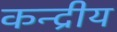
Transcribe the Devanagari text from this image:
कन्द्रीय